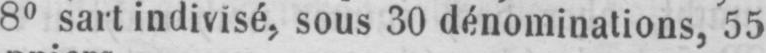
8° sart indivisé, sous 30 dénomination, 55